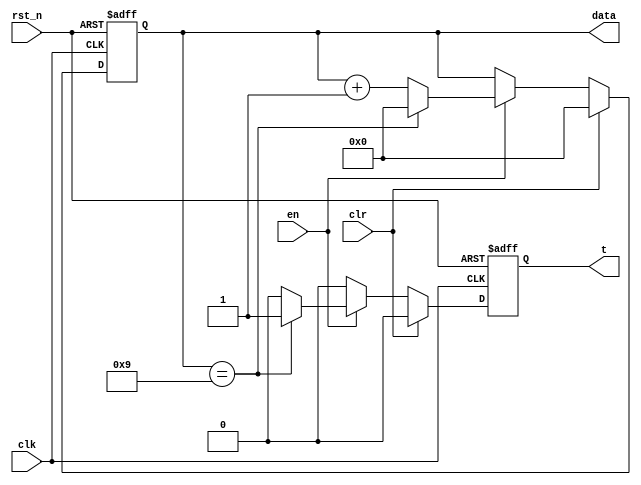
module count_m10
(
	input          clk,
	input          rst_n,
	input          en,
	input          clr,
	output reg[3:0]data,
	output reg     t
);
always@(posedge clk or negedge rst_n) 
begin
//reset
    if(rst_n==0)
    begin
        data <= 4'd0;
        t <= 1'd0;
    end
//clear
    else if(clr)
    begin
        data <= 4'd0;
        t <= 1'd0;      
    end
//enable signal
	 else if(en)
    begin
        if(data==4'd9)
        begin
            t<= 1'b1;
            data <= 4'd0;
        end
        else
        begin
            t <= 1'b0;
            data <= data + 4'd1;
        end
    end
    else
        t <= 1'b0;
end

endmodule